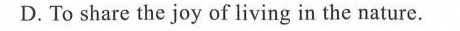
D.To share the joy of living in the nature.